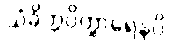
သံခိတ္တဝိတ္ထာရေနပိ